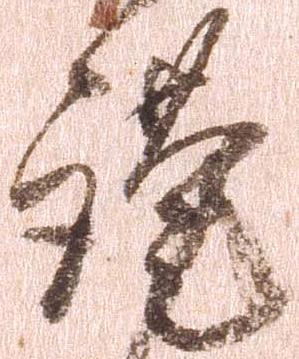
謹